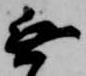
無